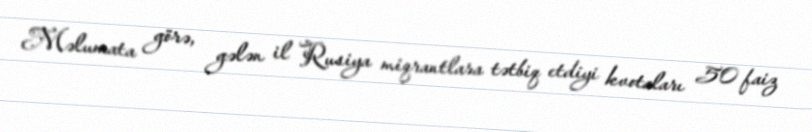
Məlumata görə, gələn il Rusiya miqrantlara tətbiq etdiyi kvotaları 50 faiz